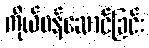
ကိုယ်ဝန်ဆောင်ခြင်း